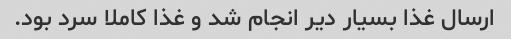
ارسال غذا بسیار دیر انجام شد و غذا کاملا سرد بود.